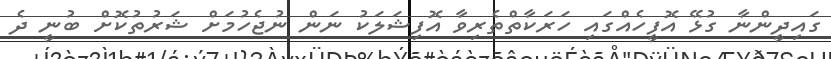
ގައިދީންނާ ގުޅޭ އޮފީހެއްގައި ހަރަކާތްތެރިވާ އޮފިޝަލަކު ނަން ނުޖެހުމަށް ޝަރުތުކޮށް ބުނީ ދެ